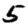
Digit: 5